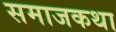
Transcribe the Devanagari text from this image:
समाजकथा